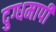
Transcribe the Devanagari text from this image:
दुग्धमापी